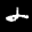
Label: 2